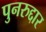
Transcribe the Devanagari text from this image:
पुनरुद्दार